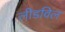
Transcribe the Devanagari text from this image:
लीडविल